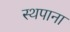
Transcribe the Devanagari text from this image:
स्थपाना